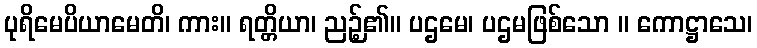
ပုရိမေပိယာမေတိ၊ ကား။ ရတ္တိယာ၊ ညဉ့်၏။ ပဌမေ၊ ပဌမဖြစ်သော ။ ကောဋ္ဌာသေ၊